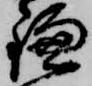
鎌